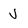
Character: J